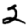
Digit: 2